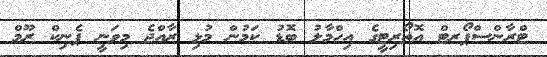
ޓްރާންސްޕޯރޓް އޮތޯރިޓީގެ އިހްމާލު ބޮޑު ކަމުން މުޅި ރާއްޖެ މިވަނީ ޕެނިކް ރޫމް